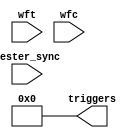
module Pattern0_timing_control(tester_sync,wft,wfc,triggers);

  input  tester_sync;
  input  [0:3] wft;
  input  [0:183] wfc;
  output [0:35] triggers;
  reg    [0:35] triggers;
  reg    enable;
  
  initial
    begin
      triggers = {36{1'b0}};
    end
  
  always @(posedge tester_sync)
    begin
      // Signal SPI_MOSI
      if((wft === 0) && (wfc[0:7] === 1))
        triggers[0] = ~triggers[0];
      // Signal SPI_MISO
      if((wft === 0) && (wfc[8:15] === 1))
        triggers[1] = ~triggers[1];
      // Signal SPI_CS
      if((wft === 0) && (wfc[16:23] === 1))
        triggers[2] = ~triggers[2];
      // Signal SPI_CLK
      if((wft === 0) && (wfc[24:31] === 1))
        triggers[3] = ~triggers[3];
      // Signal I2C_SCL
      if((wft === 0) && (wfc[32:39] === 1))
        triggers[4] = ~triggers[4];
      // Signal I2C_SDA
      if((wft === 0) && (wfc[40:47] === 1))
        triggers[5] = ~triggers[5];
      // Signal JTAG_TCK
      if((wft === 0) && (wfc[48:55] === 1))
        triggers[6] = ~triggers[6];
      // Signal JTAG_TMS
      if((wft === 0) && (wfc[56:63] === 1))
        triggers[7] = ~triggers[7];
      // Signal JTAG_TDI
      if((wft === 0) && (wfc[64:71] === 1))
        triggers[8] = ~triggers[8];
      // Signal JTAG_TDO
      if((wft === 0) && (wfc[72:79] === 1))
        triggers[9] = ~triggers[9];
      // Signal JTAG_TRSTN
      if((wft === 0) && (wfc[80:87] === 1))
        triggers[10] = ~triggers[10];
      // Signal SWDIO
      if((wft === 0) && (wfc[88:95] === 1))
        triggers[11] = ~triggers[11];
      // Signal SWCLK
      if((wft === 0) && (wfc[96:103] === 1))
        triggers[12] = ~triggers[12];
      // Signal clock
      if((wft === 0) && (wfc[104:111] === 1))
        triggers[13] = ~triggers[13];
      // Signal reset
      if((wft === 0) && (wfc[112:119] === 1))
        triggers[14] = ~triggers[14];
      if((wft === 0) && (wfc[112:119] === 2))
        triggers[15] = ~triggers[15];
      // Signal scan_in0
      if((wft === 0) && (wfc[120:127] === 1))
        triggers[16] = ~triggers[16];
      if((wft === 0) && (wfc[120:127] === 2))
        triggers[17] = ~triggers[17];
      // Signal scan_in1
      if((wft === 0) && (wfc[128:135] === 1))
        triggers[18] = ~triggers[18];
      if((wft === 0) && (wfc[128:135] === 2))
        triggers[19] = ~triggers[19];
      // Signal scan_in2
      if((wft === 0) && (wfc[136:143] === 1))
        triggers[20] = ~triggers[20];
      if((wft === 0) && (wfc[136:143] === 2))
        triggers[21] = ~triggers[21];
      // Signal scan_in3
      if((wft === 0) && (wfc[144:151] === 1))
        triggers[22] = ~triggers[22];
      if((wft === 0) && (wfc[144:151] === 2))
        triggers[23] = ~triggers[23];
      // Signal scan_out0
      if((wft === 0) && (wfc[152:159] === 1))
        triggers[24] = ~triggers[24];
      if((wft === 0) && (wfc[152:159] === 2))
        triggers[25] = ~triggers[25];
      if((wft === 0) && (wfc[152:159] === 3))
        triggers[26] = ~triggers[26];
      // Signal scan_out1
      if((wft === 0) && (wfc[160:167] === 1))
        triggers[27] = ~triggers[27];
      if((wft === 0) && (wfc[160:167] === 2))
        triggers[28] = ~triggers[28];
      if((wft === 0) && (wfc[160:167] === 3))
        triggers[29] = ~triggers[29];
      // Signal scan_out2
      if((wft === 0) && (wfc[168:175] === 1))
        triggers[30] = ~triggers[30];
      if((wft === 0) && (wfc[168:175] === 2))
        triggers[31] = ~triggers[31];
      if((wft === 0) && (wfc[168:175] === 3))
        triggers[32] = ~triggers[32];
      // Signal scan_out3
      if((wft === 0) && (wfc[176:183] === 1))
        triggers[33] = ~triggers[33];
      if((wft === 0) && (wfc[176:183] === 2))
        triggers[34] = ~triggers[34];
      if((wft === 0) && (wfc[176:183] === 3))
        triggers[35] = ~triggers[35];
    end
    
  always @(negedge tester_sync)
    begin
      triggers = {36{1'b0}};
    end
  
endmodule